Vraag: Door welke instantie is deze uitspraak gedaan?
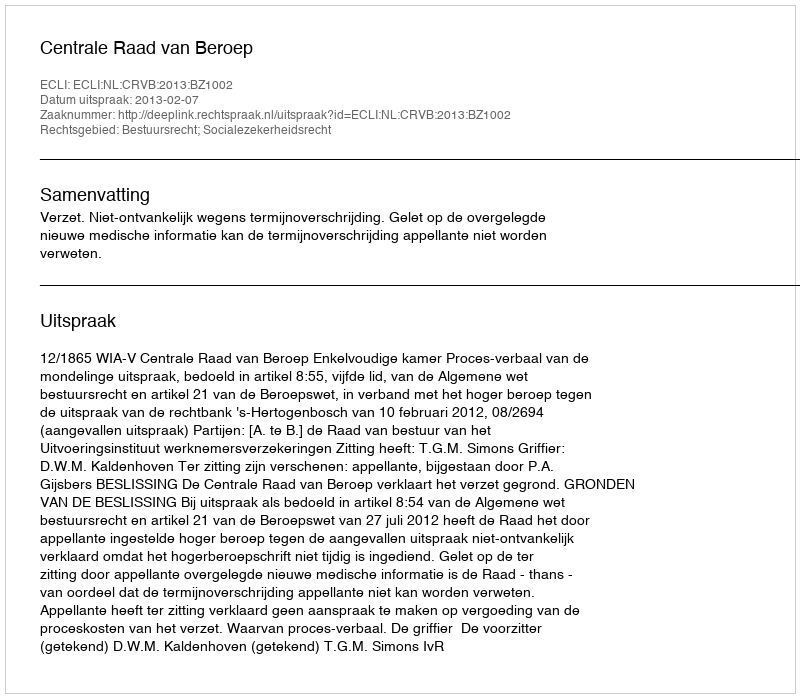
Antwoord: Centrale Raad van Beroep